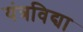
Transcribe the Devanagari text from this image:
यंत्रविद्या